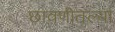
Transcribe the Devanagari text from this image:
छावणीतल्या